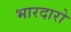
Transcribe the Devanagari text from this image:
भारदारो